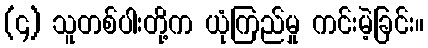
(၄) သူတစ်ပါးတို့က ယုံကြည်မှု ကင်းမဲ့ခြင်း။